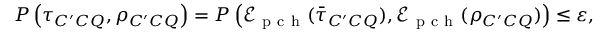
P \left( \tau _ { C ^ { \prime } C Q } , \rho _ { C ^ { \prime } C Q } \right) = P \left( \mathcal { E } _ { \mathrm { ~ p ~ c ~ h ~ } } ( \bar { \tau } _ { C ^ { \prime } C Q } ) , \mathcal { E } _ { \mathrm { ~ p ~ c ~ h ~ } } ( \rho _ { C ^ { \prime } C Q } ) \right) \leq \varepsilon ,